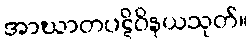
အာဃာတပဋိဝိနယသုတ်။